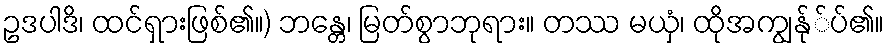
ဥဒပါဒိ၊ ထင်ရှားဖြစ်၏။) ဘန္တေ၊ မြတ်စွာဘုရား။ တဿ မယှံ၊ ထိုအကျွန်ု်ပ်၏။